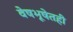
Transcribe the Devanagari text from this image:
वेषभूषेतही